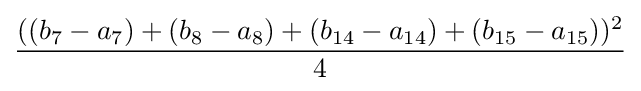
((b_{7}-a_{7})+(b_{8}-a_{8})+(b_{14}-a_{14})+(b_{15}-a_{15}))^{2} \over 4